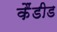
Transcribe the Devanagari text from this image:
कैंडीड